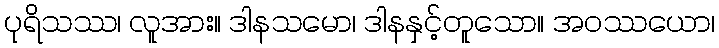
ပုရိသဿ၊ လူအား။ ဒါနသမော၊ ဒါနနှင့်တူသော။ အဝဿယော၊